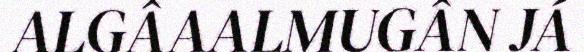
ALGÂAALMUGÂN JÁ